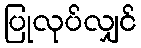
ပြုလုပ်လျှင်